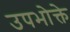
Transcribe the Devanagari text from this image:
उपभोक्ते